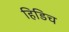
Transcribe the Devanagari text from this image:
हिडिच